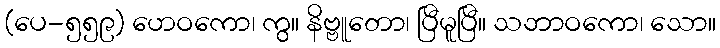
(ပေ-၅၅၉) ဟေဝကော၊ ကွ။ နိဗ္ဗူတော၊ ပြီမူပြီ။ သဘာဝကော၊ သော။